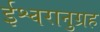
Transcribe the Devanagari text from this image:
ईश्वरानुग्रह